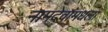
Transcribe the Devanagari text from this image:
नामदेवांमधला